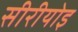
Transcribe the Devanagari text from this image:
सीरीयोइ